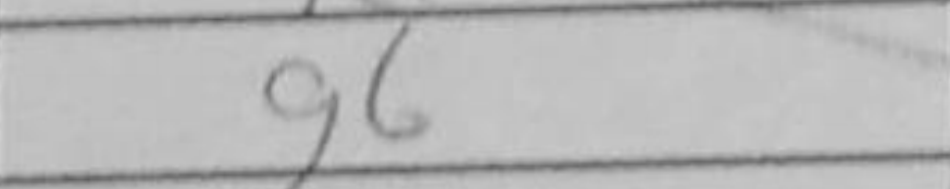
Transcription: g6